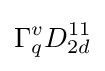
\Gamma _{q}^{v}D_{2d}^{11}